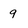
Character: 9